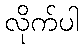
လိုက်ပါ